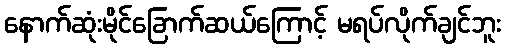
နောက်ဆုံးမိုင်ခြောက်ဆယ်ကြောင့် မရပ်လိုက်ချင်ဘူး